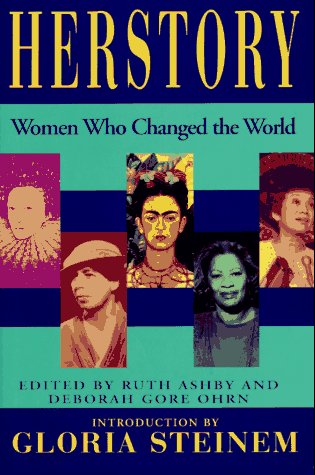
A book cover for Herstory: Women Who Changed the World; Teen & Young Adult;